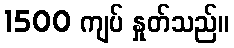
1500 ကျပ် နှုတ်သည်။